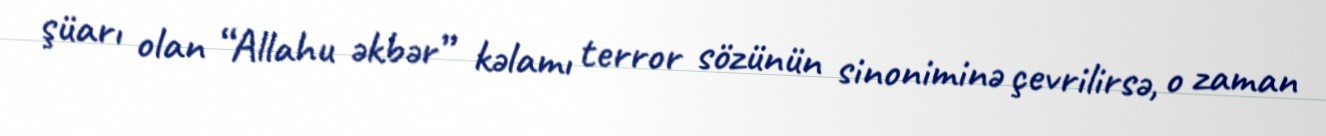
şüarı olan “Allahu əkbər” kəlamı terror sözünün sinoniminə çevrilirsə, o zaman